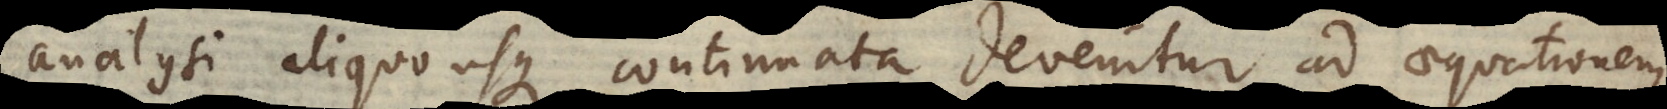
analysi aliquousque continuata devenitur ad aequationem